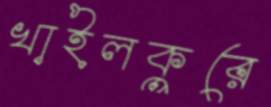
খাইলকুরে